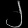
Digit: ၂